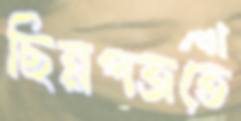
ছিন্নপত্রতে